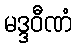
မဒ္ဒဝီဏံ